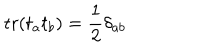
LaTeX: \mathrm { t r } ( t _ { a } t _ { b } ) = \frac { 1 } { 2 } \delta _ { a b }